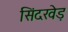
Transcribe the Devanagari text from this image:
सिंदखेड़